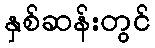
နှစ်ဆန်းတွင်